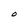
Character: O